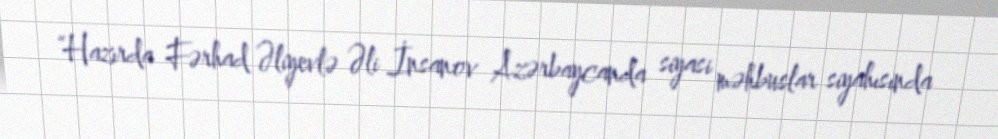
“Hazırda Fərhad Əliyevlə Əli İnsanov Azərbaycanda siyasi məhbuslar siyahısında